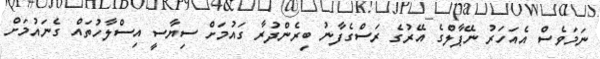
ނަމަވެސް އެއަހަރު ނޭޕާލްގެ އޭރުގެ ރަސްގެފާނު ބިރެންދުރާ ގައުމަށް ސިޔާސީ އިސްލާހުތައް ގެނައުމަށް